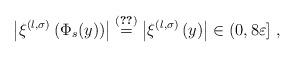
LaTeX: \begin{align*} \left| \xi^{(l, \sigma)} \left( \Phi_s(y) \right) \right| \stackrel{\eqref{eq:thmaboutrelationbetweenboxdimensionandRokhlindimension-equivariant-s}}{ =} \left| \xi^{(l, \sigma)} \left( y \right) \right| \in (0, 8\varepsilon] \; , \end{align*}